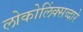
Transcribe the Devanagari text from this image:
लोकोलिंक्सव्दारे